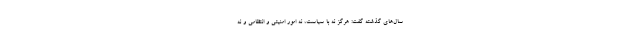
سال‌های گذشته گفت: هرگز نه با سیاست، نه امور امنیتی و انتظامی و نه